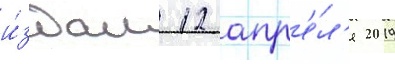
и́здан 12 апр'е́л'я 2019